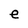
Character: e